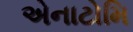
એનાટોમિ